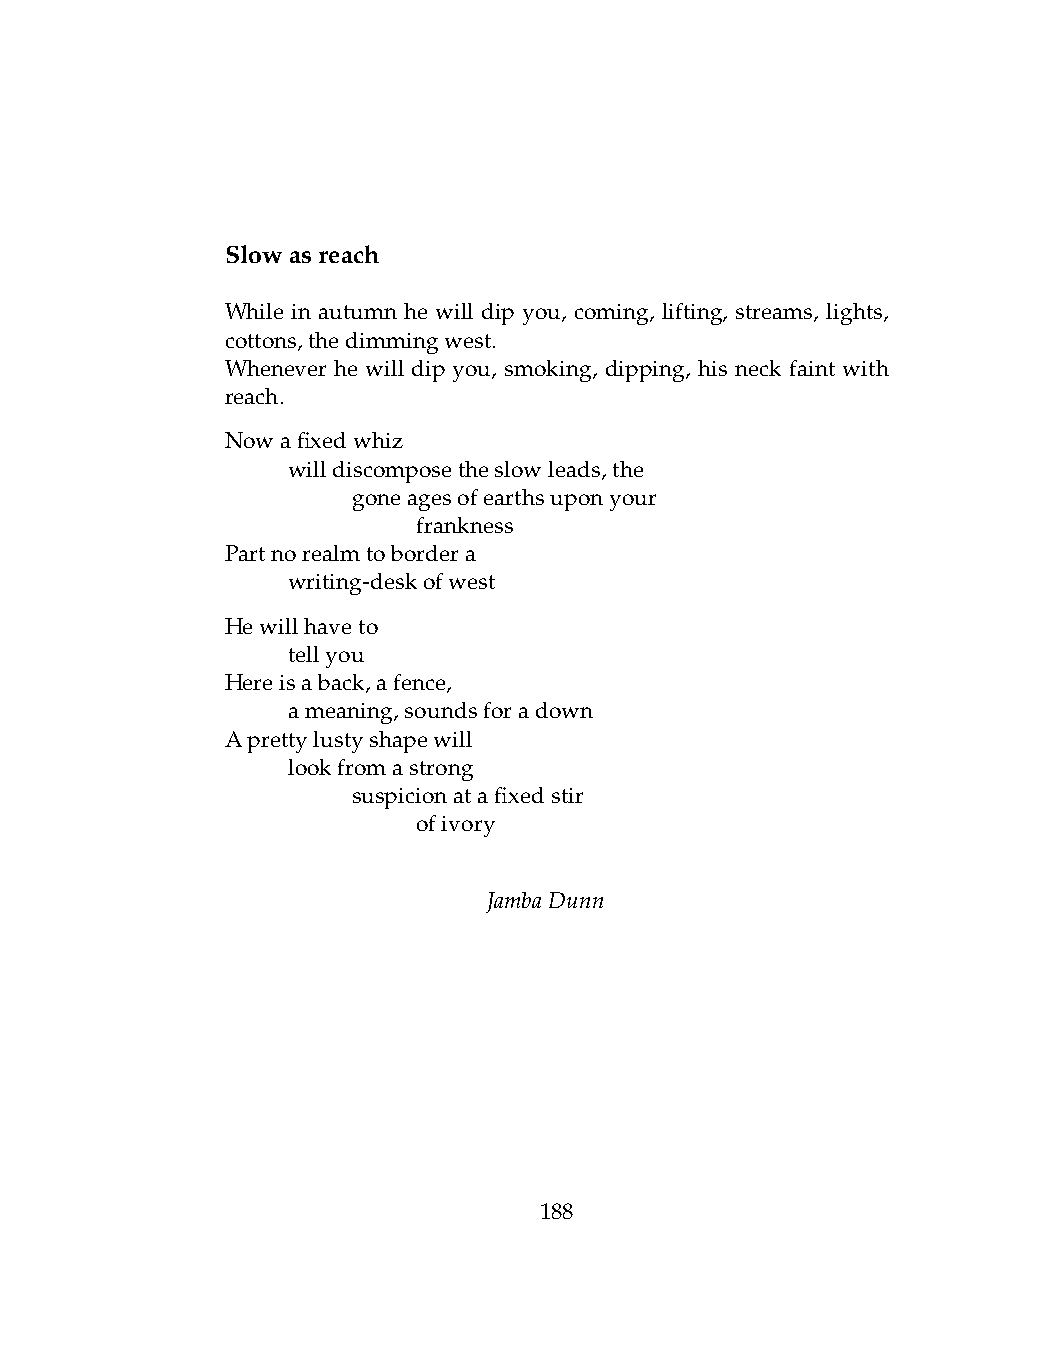
Slowasreach
 While in autumn he will dip you, coming, lifting, streams, lights,
 cottons,thedimmingwest.
 Whenever he will dip you, smoking, dipping, his neck faint with
 reach.
 Nowafixedwhiz
 .   willdiscomposetheslowleads,the
 .   .   goneagesofearthsuponyour
 .   .   .    frankness
 Partnorealmtobordera
 .   writing-deskofwest
 Hewillhaveto
 .   tellyou
 Hereisaback,afence,
 .   ameaning,soundsforadown
 Aprettylustyshapewill
 .   lookfromastrong
 .   .   suspicionatafixedstir
 .   .   .    ofivory
 JambaDunn
 188